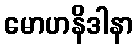
မောဟနိဒါနာ